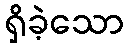
ရှိခဲ့သော